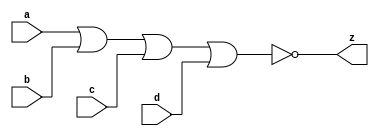
//#############################################################################
//# Function: 4 Input Nor Gate                                                #
//# Copyright: Lambda Project Authors. All rights Reserved.                   #
//# License:  MIT (see LICENSE file in Lambda repository)                     #
//#############################################################################

module la_nor4 #(
    parameter PROP = "DEFAULT"
) (
    input  a,
    input  b,
    input  c,
    input  d,
    output z
);

    assign z = ~(a | b | c | d);

endmodule